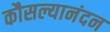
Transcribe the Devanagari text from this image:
कौसल्यानंदन